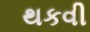
થકવી